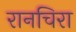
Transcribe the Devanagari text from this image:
रानचिरा